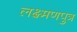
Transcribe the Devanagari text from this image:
लक्ष्मणपुत्र